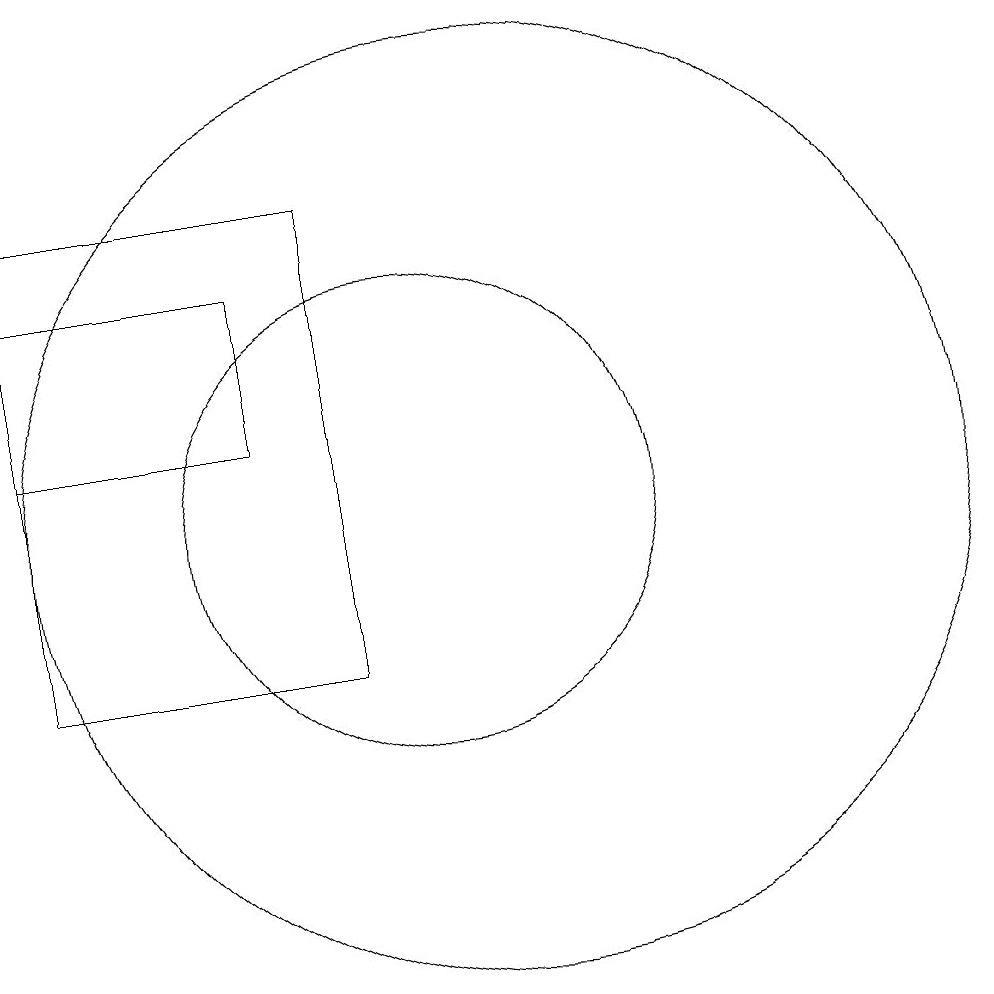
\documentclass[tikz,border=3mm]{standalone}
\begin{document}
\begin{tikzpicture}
\draw (9,16) rectangle (5,10);
\draw (10,12) circle (3);
\draw (8,15) rectangle (5,13);
\draw (11,12) circle (6);
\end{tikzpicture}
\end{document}